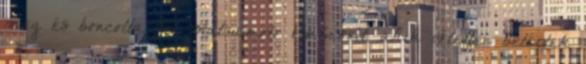
meg és boncolta fel Matsumoto embereit, akik véletlen betértek